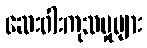
ဆေးဝါးကုသမှုများ